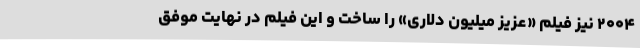
۲۰۰۴ نیز فیلم «عزیز میلیون دلاری» را ساخت و این فیلم در نهایت موفق